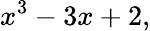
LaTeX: x^{3}-3x+2,